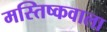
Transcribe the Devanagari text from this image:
मस्तिष्कवाला